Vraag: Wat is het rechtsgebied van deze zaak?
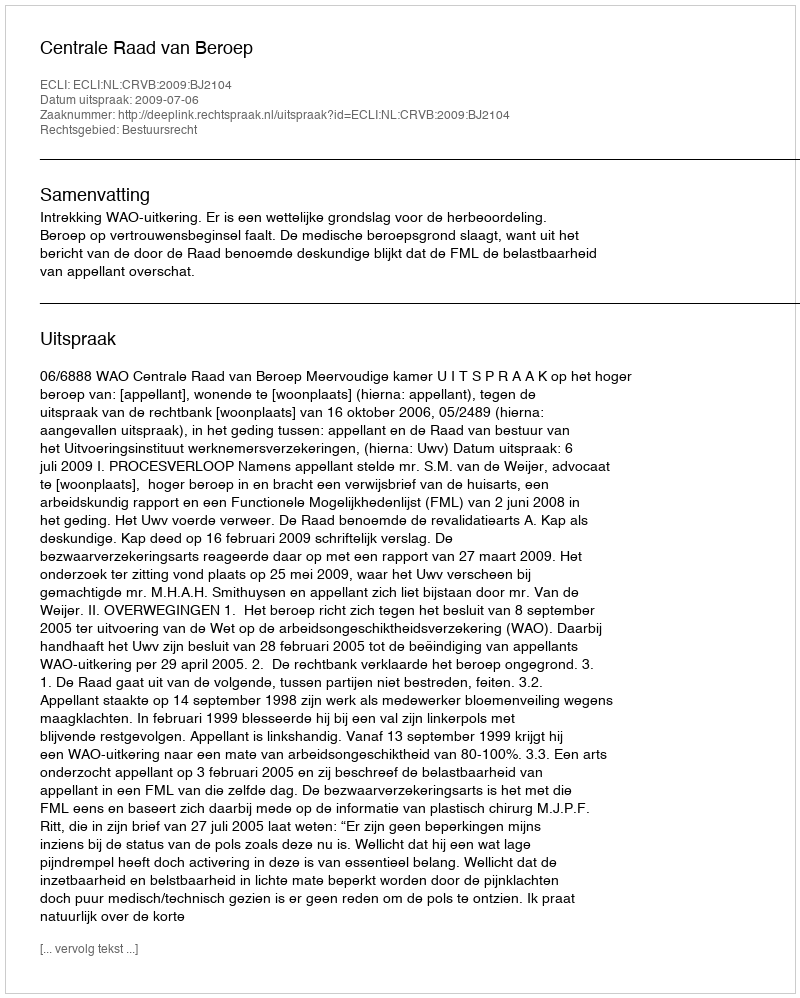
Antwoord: Bestuursrecht